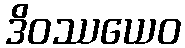
ဒိဝဿယေဝ